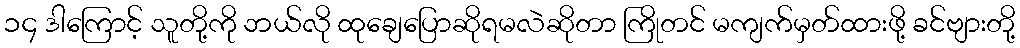
၁၄ ဒါကြောင့် သူတို့ကို ဘယ်လို ထုချေပြောဆိုရမလဲဆိုတာ ကြိုတင် မကျက်မှတ်ထားဖို့ ခင်ဗျားတို့